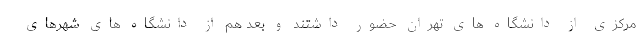
مرکزی از دانشگاه های تهران حضور داشتند و بعد هم از دانشگاه های شهرهای